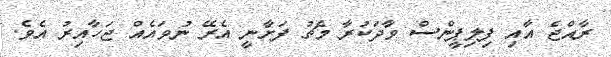
ރާއްޖެ އާއި ފިލިޕީންސް ވާދަކުރާ މެޗު ފަށާނީ އެރޭ ނުވައެއް ޖަހާއިރު އެވެ.